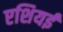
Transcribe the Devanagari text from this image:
एशियई